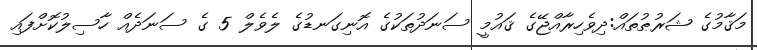
މަޤާމުގެ ޝަރުޠުތައް:ދިވެހިރާއްޖޭގެ ޤައުމީ ސަނަދުތަކުގެ އޮނިގަނޑުގެ ލެވެލް 5 ގެ ސަނަދެއް ހާސިލުކޮށްފައި